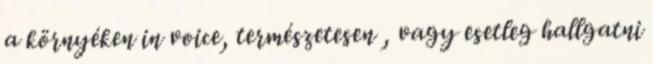
a környéken in voice, természetesen , vagy esetleg hallgatni